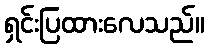
ရှင်းပြထားလေသည်။